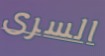
السرى